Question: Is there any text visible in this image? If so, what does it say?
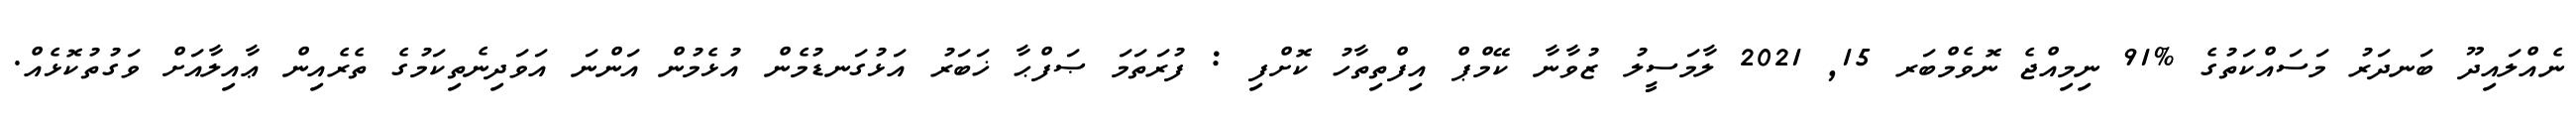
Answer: ނެއްލައިދޫ ބަނދަރު މަސައްކަތުގެ %91 ނިމިއްޖެ ނޮވެމްބަރ 15, 2021 ލާމަސީލު ޒުވާނާ ކޭމްޕް އިފްތިތާހު ކޮށްފި : ފުރަތަމަ ޞަފްޙާ ޚަބަރު އަޅުގަނޑުމެން އުޅެމުން އަންނަ އަވަދިނެތިކަމުގެ ތެރެއިން ޢާއިލާއަށް ވަގުތުކޮޅެއް.